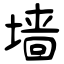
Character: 墙